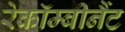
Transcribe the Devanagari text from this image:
रेकॉम्बीनैंट